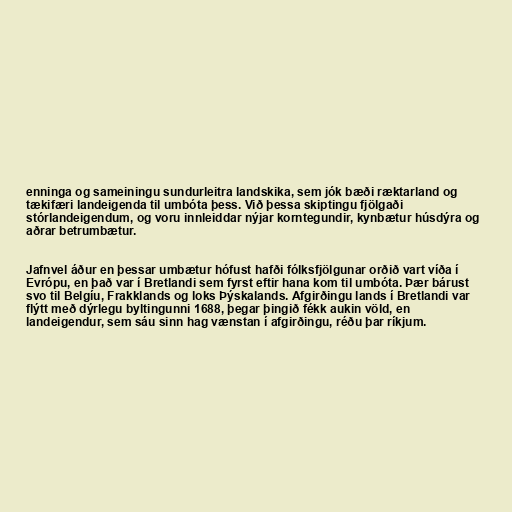
enninga og sameiningu sundurleitra landskika, sem jók bæði ræktarland og
tækifæri landeigenda til umbóta þess. Við þessa skiptingu fjölgaði
stórlandeigendum, og voru innleiddar nýjar korntegundir, kynbætur húsdýra og
aðrar betrumbætur.

Jafnvel áður en þessar umbætur hófust hafði fólksfjölgunar orðið vart víða í
Evrópu, en það var í Bretlandi sem fyrst eftir hana kom til umbóta. Þær bárust
svo til Belgíu, Frakklands og loks Þýskalands. Afgirðingu lands í Bretlandi var
flýtt með dýrlegu byltingunni 1688, þegar þingið fékk aukin völd, en
landeigendur, sem sáu sinn hag vænstan í afgirðingu, réðu þar ríkjum.